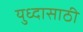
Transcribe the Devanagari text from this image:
युध्दासाठी